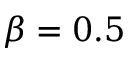
\beta = 0 . 5